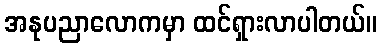
အနုပညာလောကမှာ ထင်ရှားလာပါတယ်။